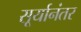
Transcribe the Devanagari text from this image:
सूर्यानंतर